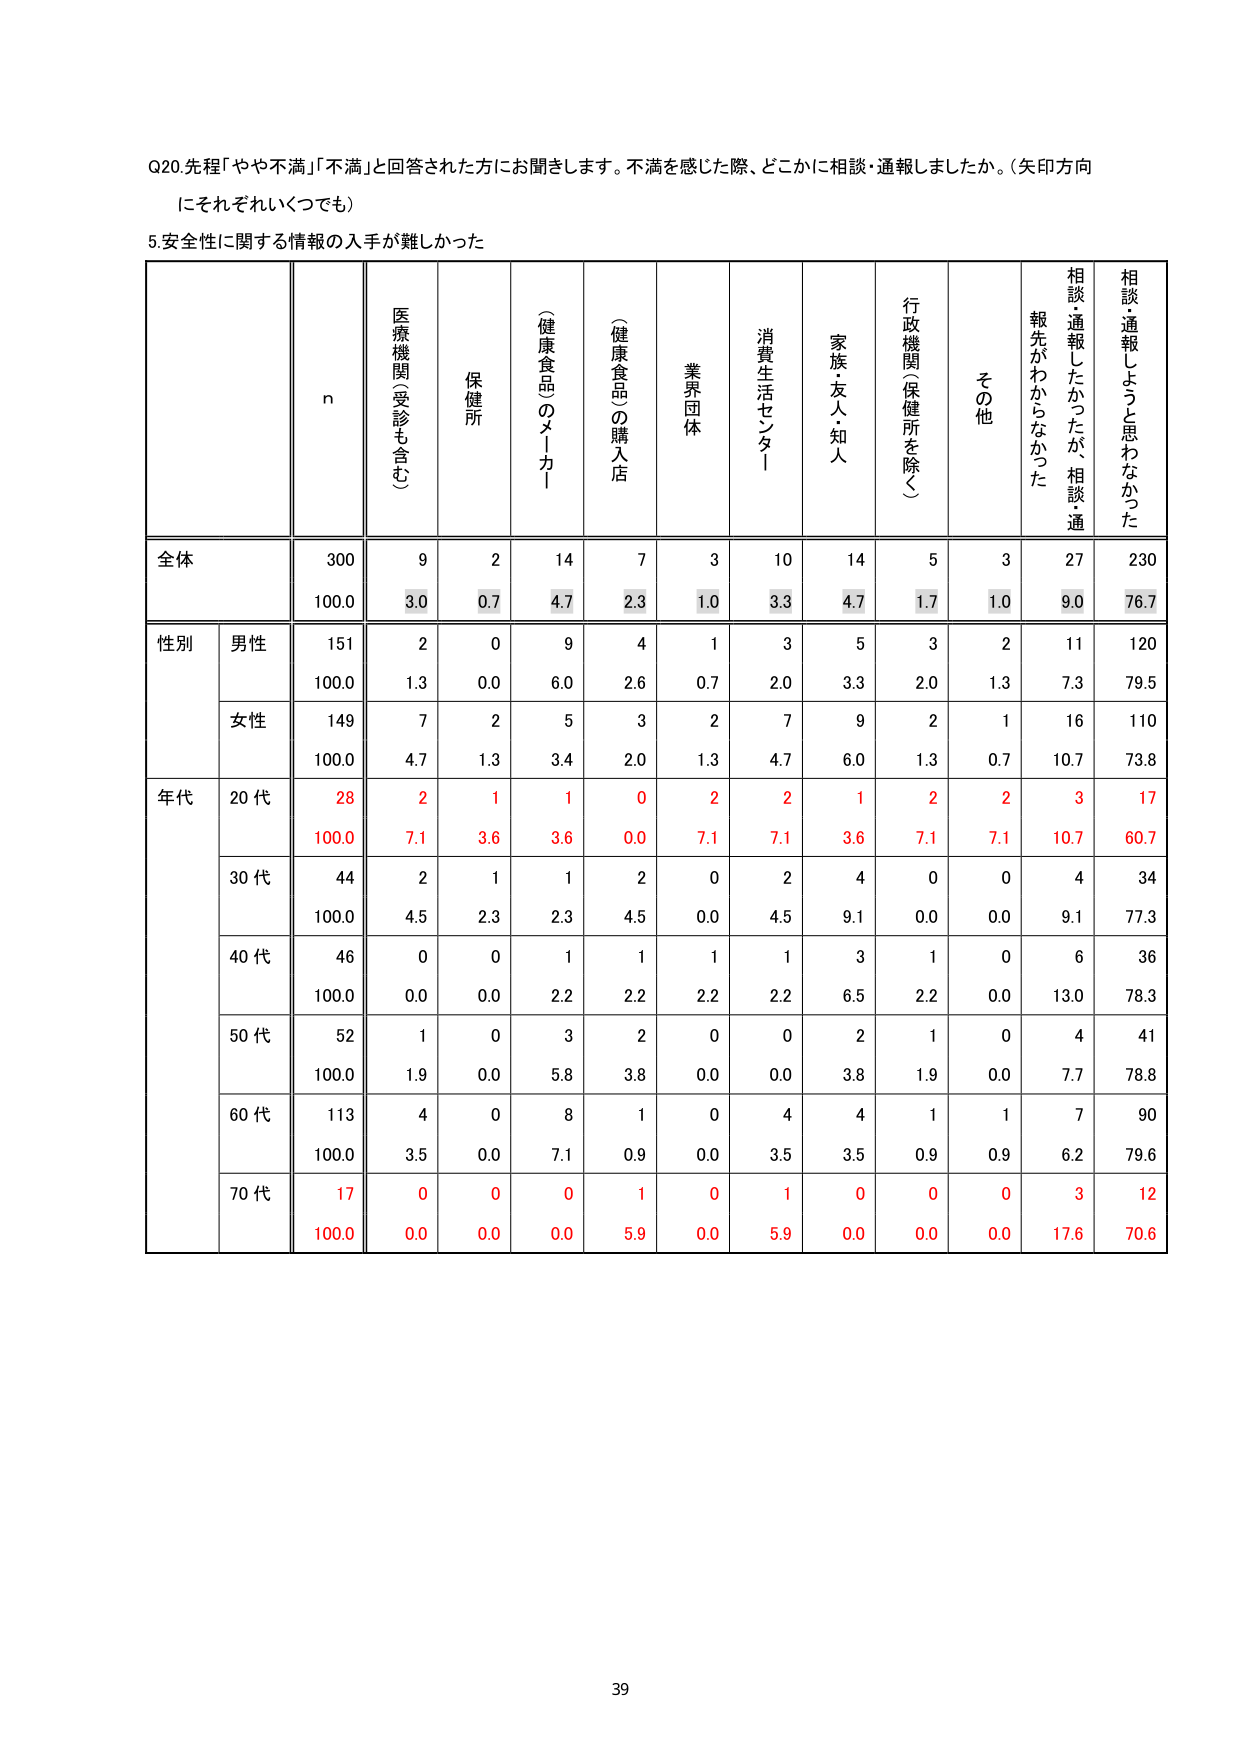
Q20. 先程「やや不満」「不満」と回答された方にお聞きします。不満を感じた際、どこかに相談・通報しましたか。（矢印方向にそれぞれいくつでも）

5. 安全性に関する情報の入手が難しかった

n
医療機関（受診も含む）
保健所
（健康食品のメーカー）
（健康食品）の購入店
業界団体
消費生活センター
家族・友人・知人
行政機関（保健所を除く）
その他
相談・通報したかったが、相談・通報先がわからなかった
相談・通報しようと思わなかった

全体
300
9
2
14
7
3
10
14
5
3
27
230
100.0
3.0
0.7
4.7
2.3
1.0
3.3
4.7
1.7
1.0
9.0
76.7

性別
男性
151
2
0
9
4
1
3
5
3
2
11
120
100.0
1.3
0.0
6.0
2.6
0.7
2.0
3.3
2.0
1.3
7.3
79.5
女性
149
7
2
5
3
2
7
9
2
1
16
110
100.0
4.7
1.3
3.4
2.0
1.3
4.7
6.0
1.3
0.7
10.7
73.8

年代
20代
28
2
1
1
0
2
2
1
2
2
3
17
100.0
7.1
3.6
3.6
0.0
7.1
7.1
3.6
7.1
7.1
10.7
60.7
30代
44
2
1
1
2
0
2
4
0
0
4
34
100.0
4.5
2.3
2.3
4.5
0.0
4.5
9.1
0.0
0.0
9.1
77.3
40代
46
0
0
1
1
1
1
3
1
0
6
36
100.0
0.0
0.0
2.2
2.2
2.2
2.2
6.5
2.2
0.0
13.0
78.3
50代
52
1
0
3
2
0
0
2
1
0
4
41
100.0
1.9
0.0
5.8
3.8
0.0
0.0
3.8
1.9
0.0
7.7
78.8
60代
113
4
0
8
1
0
4
4
1
1
7
90
100.0
3.5
0.0
7.1
0.9
0.0
3.5
3.5
0.9
0.9
6.2
79.6
70代
17
0
0
0
1
0
1
0
0
0
3
12
100.0
0.0
0.0
0.0
5.9
0.0
5.9
0.0
0.0
0.0
17.6
70.6

39